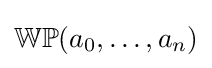
\mathbb {WP} (a_{0},\ldots ,a_{n})